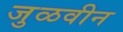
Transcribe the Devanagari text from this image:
जुळवीन